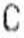
C